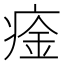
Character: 㾣